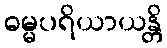
ဓမ္မပရိယာယန္တိ